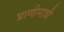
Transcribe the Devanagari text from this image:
प्राणीमात्री